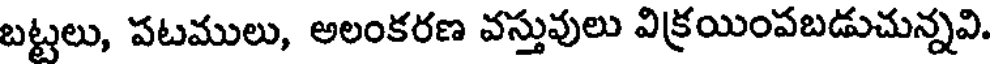
బట్టలు, పటములు, అలంకరణ వస్తువులు విక్రయింపబడుచున్నవి.